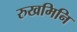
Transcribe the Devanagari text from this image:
रुखमिनि